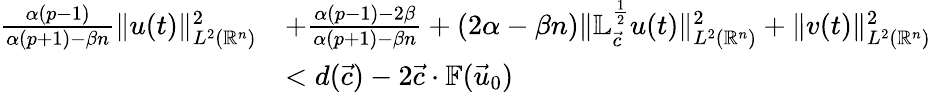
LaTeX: \begin{array}{rl}{\frac{\alpha(p-1)}{\alpha(p+1)-\beta n}\| u(t)\| _{L^{2}({\mathbb{R}^{n}})}^{2}}&{+\frac{\alpha(p-1)-2\beta}{\alpha(p+1)-\beta n}+(2\alpha-\beta n)\| \mathbb{L}_{\vec{c}}^{\frac 12}u(t)\| _{L^{2}({\mathbb{R}^{n}})}^{2}+\| v(t)\| _{L^{2}({\mathbb{R}^{n}})}^{2}}\\ &{<d({\vec{c}})-2{\vec{c}}\cdot\mathbb{F}(\vec{u}_{0})}\end{array}